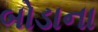
બોડાના